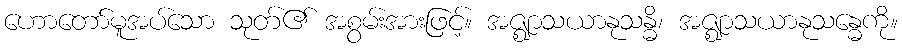
ဟောတော်မူအပ်သော သုတ်၏ အစွမ်းအားဖြင့်။ အဇ္ဈာသယာနုသန္ဓိ၊ အဇ္ဈာသယာနုသန္ဓေကို။